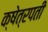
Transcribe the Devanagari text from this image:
क्षेत्रपती